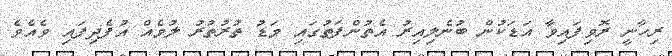
ރިހާނީ ރޮވިފައިވާ އަޑަކުން ބުނެލިއިރު އެތުންފަތުގައި މަޑު ތުރުތުރު ލުމެއް އުފެދިފައި ވެއެވެ.